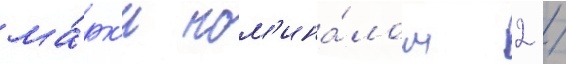
ма́рк'и ном'ина́лом 2 /